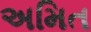
અમિત